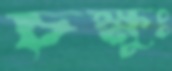
চক্ষুঃ